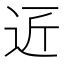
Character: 𮞆